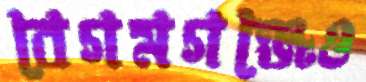
বেগমগঞ্জেও